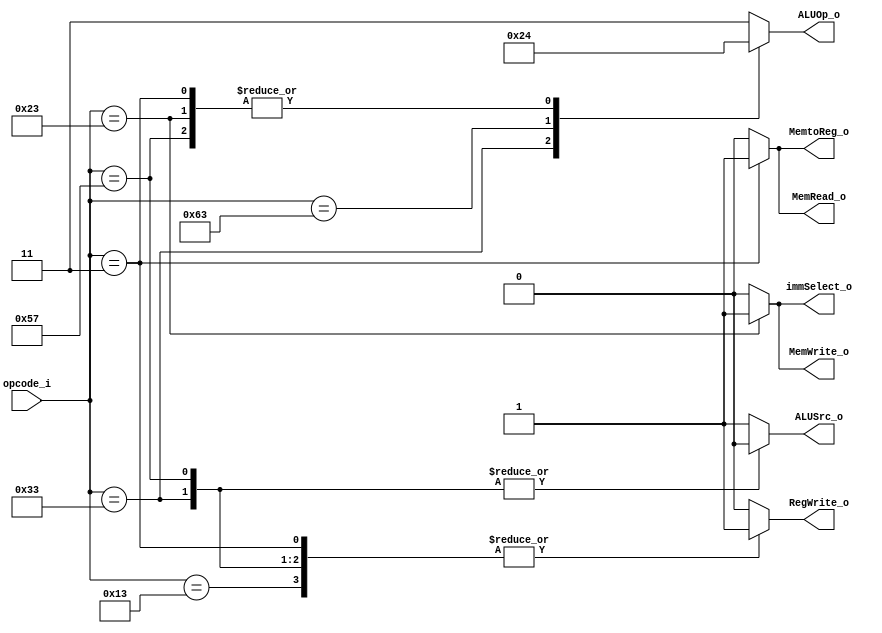
`timescale 1ns / 1ps
//////////////////////////////////////////////////////////////////////////////////
// Company: 
// Engineer: 
// 
// Design Name: 
// Module Name: Control
// Project Name: 
// Target Devices: 
// Tool Versions: 
// Description: 
// 
// Dependencies: 
// 
// Revision:
// Revision 0.01 - File Created
// Additional Comments:
// 
//////////////////////////////////////////////////////////////////////////////////


module Control(opcode_i,MemtoReg_o,MemRead_o,MemWrite_o,RegWrite_o,ALUOp_o,ALUSrc_o,immSelect_o);

input [6:0] opcode_i;
output reg [1:0] ALUOp_o;
output reg MemtoReg_o,MemRead_o,MemWrite_o,RegWrite_o;
output reg ALUSrc_o,immSelect_o;

always@(*)begin

  case(opcode_i)

  7'b0010011 : begin //addi
  ALUOp_o = 2'b11;
  ALUSrc_o = 1'b1;
  RegWrite_o = 1'b1;
  MemRead_o = 1'b0;
  MemWrite_o = 1'b0;
  MemtoReg_o = 1'b0;
  immSelect_o = 1'b0;
  end
  
  7'b0110011 : begin //others
  ALUOp_o = 2'b10;
  ALUSrc_o = 1'b0;
  RegWrite_o = 1'b1;
  MemRead_o = 1'b0;
  MemWrite_o = 1'b0;
  MemtoReg_o = 1'b0;
  immSelect_o = 1'b0;
  end

  7'b1100011 : begin //beq
  ALUOp_o = 2'b01;
  ALUSrc_o = 1'b1;
  RegWrite_o = 1'b0;
  MemRead_o = 1'b0;
  MemWrite_o = 1'b0;
  MemtoReg_o = 1'b0;
  immSelect_o = 1'b0;
  end

  7'b0000011 : begin //lw
  ALUOp_o = 2'b00;
  ALUSrc_o = 1'b1;
  MemRead_o = 1'b1;
  MemtoReg_o = 1'b1;
  RegWrite_o = 1'b1;
  MemWrite_o = 1'b0;
  immSelect_o = 1'b0;
  end

  7'b0100011 : begin //sw
  ALUOp_o = 2'b00;
  ALUSrc_o = 1'b1;
  MemWrite_o = 1'b1;
  RegWrite_o = 1'b0;
  MemRead_o = 1'b0;
  MemtoReg_o = 1'b0;
  immSelect_o = 1'b1;
  end

  //---------NEW-----------
  7'b1010111: begin //vector
  ALUOp_o = 2'b00; //useless
  ALUSrc_o = 1'b0;
  RegWrite_o = 1'b1;
  MemRead_o = 1'b0;
  MemWrite_o = 1'b0;
  MemtoReg_o = 1'b0;
  immSelect_o = 1'b0;
  end
  //---------NEW-----------

  default : begin
  ALUOp_o = 2'b11;
  ALUSrc_o = 1'b1;
  RegWrite_o = 1'b0;
  MemRead_o = 1'b0;
  MemWrite_o = 1'b0;
  MemtoReg_o = 1'b0;
  immSelect_o = 1'b0;
  end
  endcase
end
endmodule